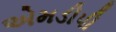
એમડીપી